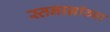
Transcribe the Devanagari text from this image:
स्तनाग्रांच्या